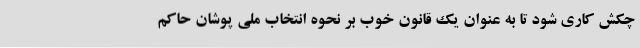
چکش کاری شود تا به عنوان یک قانون خوب بر نحوه انتخاب ملی پوشان حاکم